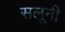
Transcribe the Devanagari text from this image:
सलूनी